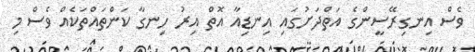
ވެސް އިނގިރޭސީންގެ އަތްދަށުގައި އިނޑިއާ އޮތް އިރު ހިނގާ ކަންތައްތަކެއް ވެސް މި